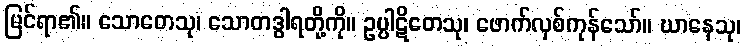
မြင်ရာ၏။ သောတေသု၊ သောတဒွါရတို့ကို။ ဥပ္ပါဋိတေသု၊ ဖောက်လှစ်ကုန်သော်။ ဃာနေသု၊